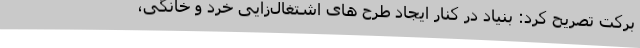
برکت تصریح کرد: بنیاد در کنار ایجاد طرح های اشتغال‌زایی خرد و خانگی،